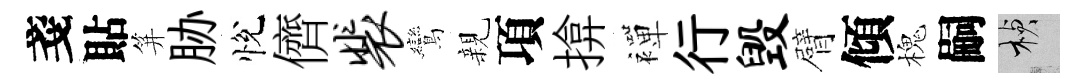
戔貼笄胁悅儕裴鸞親項揜襌行毁臂傾槐嗣楨